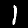
Label: 1